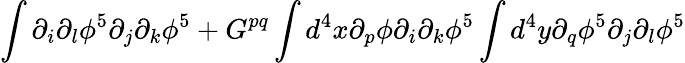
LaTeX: \int\partial_{i}\partial_{l}\phi^{5}\partial_{j}\partial_{k}\phi^{5}+G^{pq}\int d^{4}x\partial_{p}\phi\partial_{i}\partial_{k}\phi^{5}\int d^{4}y\partial_{q}\phi^{5}\partial_{j}\partial_{l}\phi^{5}